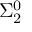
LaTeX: \Sigma _ { 2 } ^ { 0 }